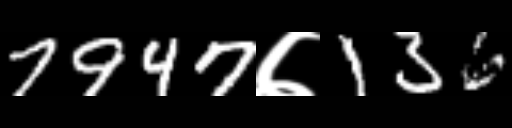
Text: 7947७136